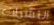
النشرات